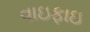
વાઇફાઇ